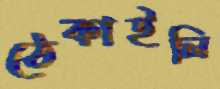
ঠেকাইলি